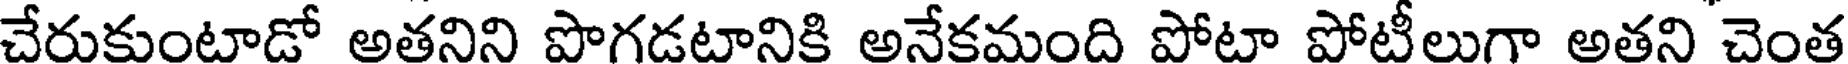
చేరుకుంటాడో అతనిని పొగడటానికి అనేకమంది పోటా పోటీలుగా అతని చెంత